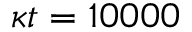
\kappa t = 1 0 0 0 0